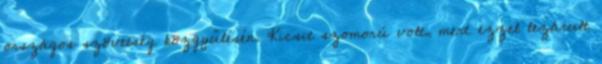
országos szövetség közgyűlésén. Kicsit szomorú volt, mert ezzel lezárult